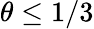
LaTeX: \theta\le 1/3